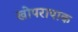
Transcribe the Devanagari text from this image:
खोपरापाक